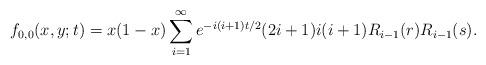
LaTeX: \begin{align*}f_{0,0}(x,y;t) =x(1-x) \sum_{i=1}^\infty e^{-i(i+1)t/2} (2i+1)i(i+1)R_{i-1}(r)R_{i-1}(s).\end{align*}